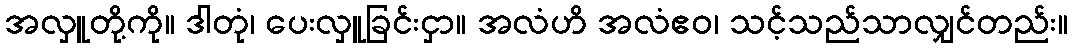
အလှူတို့ကို။ ဒါတုံ၊ ပေးလှူခြင်းငှာ။ အလံဟိ အလံဧဝ၊ သင့်သည်သာလျှင်တည်း။